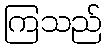
ကြသည်